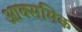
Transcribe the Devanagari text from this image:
आक्समिक